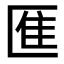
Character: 龨